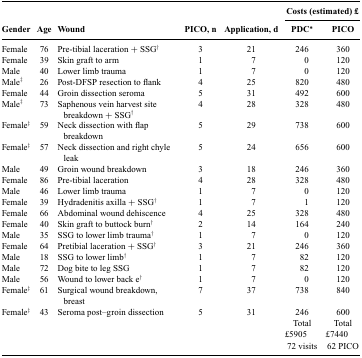
<table><thead><tr><td></td><td></td><td></td><td></td><td></td><td colspan="2"><b>Costs (estimated) £</b></td></tr><tr><td><b>Gender</b></td><td><b>Age</b></td><td><b>Wound</b></td><td><b>PICO, n</b></td><td><b>Application, d</b></td><td><b>PDC*</b></td><td><b>PICO</b></td></tr></thead><tbody><tr><td>Female</td><td>76</td><td>Pre-tibial laceration + SSG<sup>†</sup></td><td>3</td><td>21</td><td>246</td><td>360</td></tr><tr><td>Female</td><td>39</td><td>Skin graft to arm</td><td>1</td><td>7</td><td>0</td><td>120</td></tr><tr><td>Male</td><td>40</td><td>Lower limb trauma</td><td>1</td><td>7</td><td>0</td><td>120</td></tr><tr><td>Male<sup>‡</sup></td><td>26</td><td>Post-DFSP resection to flank</td><td>4</td><td>25</td><td>820</td><td>480</td></tr><tr><td>Female</td><td>44</td><td>Groin dissection seroma</td><td>5</td><td>31</td><td>492</td><td>600</td></tr><tr><td>Male<sup>‡</sup></td><td>73</td><td>Saphenous vein harvest site breakdown + SSG<sup>†</sup></td><td>4</td><td>28</td><td>328</td><td>480</td></tr><tr><td>Female<sup>‡</sup></td><td>59</td><td>Neck dissection with flap breakdown</td><td>5</td><td>29</td><td>738</td><td>600</td></tr><tr><td>Female<sup>‡</sup></td><td>57</td><td>Neck dissection and right chyle leak</td><td>5</td><td>24</td><td>656</td><td>600</td></tr><tr><td>Male</td><td>49</td><td>Groin wound breakdown</td><td>3</td><td>18</td><td>246</td><td>360</td></tr><tr><td>Female</td><td>86</td><td>Pre-tibial laceration</td><td>4</td><td>28</td><td>328</td><td>480</td></tr><tr><td>Male</td><td>46</td><td>Lower limb trauma</td><td>1</td><td>7</td><td>0</td><td>120</td></tr><tr><td>Female</td><td>39</td><td>Hydradenitis axilla + SSG<sup>†</sup></td><td>1</td><td>7</td><td>1</td><td>120</td></tr><tr><td>Female</td><td>66</td><td>Abdominal wound dehiscence</td><td>4</td><td>25</td><td>328</td><td>480</td></tr><tr><td>Female</td><td>40</td><td>Skin graft to buttock burn<sup>†</sup></td><td>2</td><td>14</td><td>164</td><td>240</td></tr><tr><td>Male</td><td>35</td><td>SSG to lower limb trauma<sup>†</sup></td><td>1</td><td>7</td><td>0</td><td>120</td></tr><tr><td>Female</td><td>64</td><td>Pretibial laceration + SSG<sup>†</sup></td><td>3</td><td>21</td><td>246</td><td>360</td></tr><tr><td>Male</td><td>18</td><td>SSG to lower limb<sup>†</sup></td><td>1</td><td>7</td><td>82</td><td>120</td></tr><tr><td>Male</td><td>72</td><td>Dog bite to leg SSG</td><td>1</td><td>7</td><td>82</td><td>120</td></tr><tr><td>Male</td><td>56</td><td>Wound to lower back e<sup>†</sup></td><td>1</td><td>7</td><td>0</td><td>120</td></tr><tr><td>Female<sup>‡</sup></td><td>61</td><td>Surgical wound breakdown, breast</td><td>7</td><td>37</td><td>738</td><td>840</td></tr><tr><td>Female<sup>‡</sup></td><td>43</td><td>Seroma post–groin dissection</td><td>5</td><td>31</td><td>246</td><td>600</td></tr><tr><td></td><td></td><td></td><td></td><td></td><td>Total</td><td>Total</td></tr><tr><td></td><td></td><td></td><td></td><td></td><td>£ 5905</td><td>£ 7440</td></tr><tr><td></td><td></td><td></td><td></td><td></td><td>72 visits</td><td>62 PICO</td></tr></tbody></table>